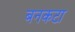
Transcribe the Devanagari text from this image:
बनकटा